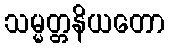
သမ္မတ္တနိယတော